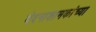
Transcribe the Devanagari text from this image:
वेदनाशामकांच्या